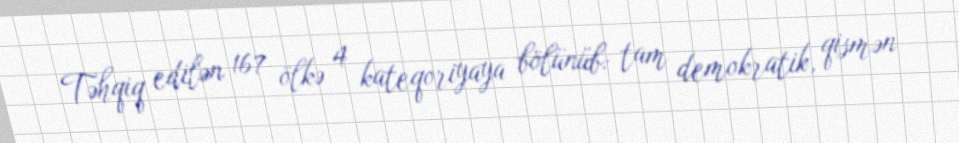
Təhqiq edilən 167 ölkə 4 kateqoriyaya bölünüb: tam demokratik, qismən